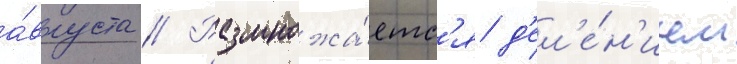
а́вгуста // Размножа́етс'я д'ел'е́н'ием